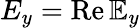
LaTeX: E_{y}=\mathrm{Re}\, {\mathbb E}_{y}